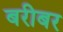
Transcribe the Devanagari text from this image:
बरीबर